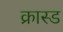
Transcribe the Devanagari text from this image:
क्रास्ड